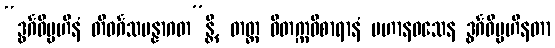
“ဒွင်္ဂဝိပ္ပဟီနံ တိဝင်္ဂသမန္နာဂတ”န္တိ, တတ္ထ ဝိတက္ကဝိစာရာနံ ပဟာနဝသေန ဒွင်္ဂဝိပ္ပဟီနတာ